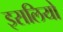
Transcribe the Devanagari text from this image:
इसलियो